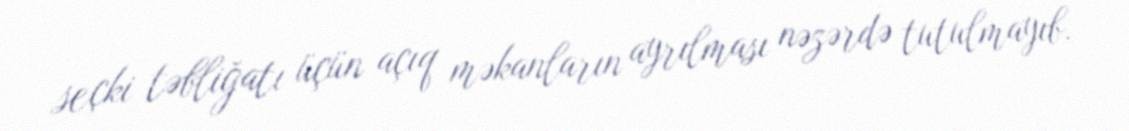
seçki təbliğatı üçün açıq məkanların ayrılması nəzərdə tutulmayıb.